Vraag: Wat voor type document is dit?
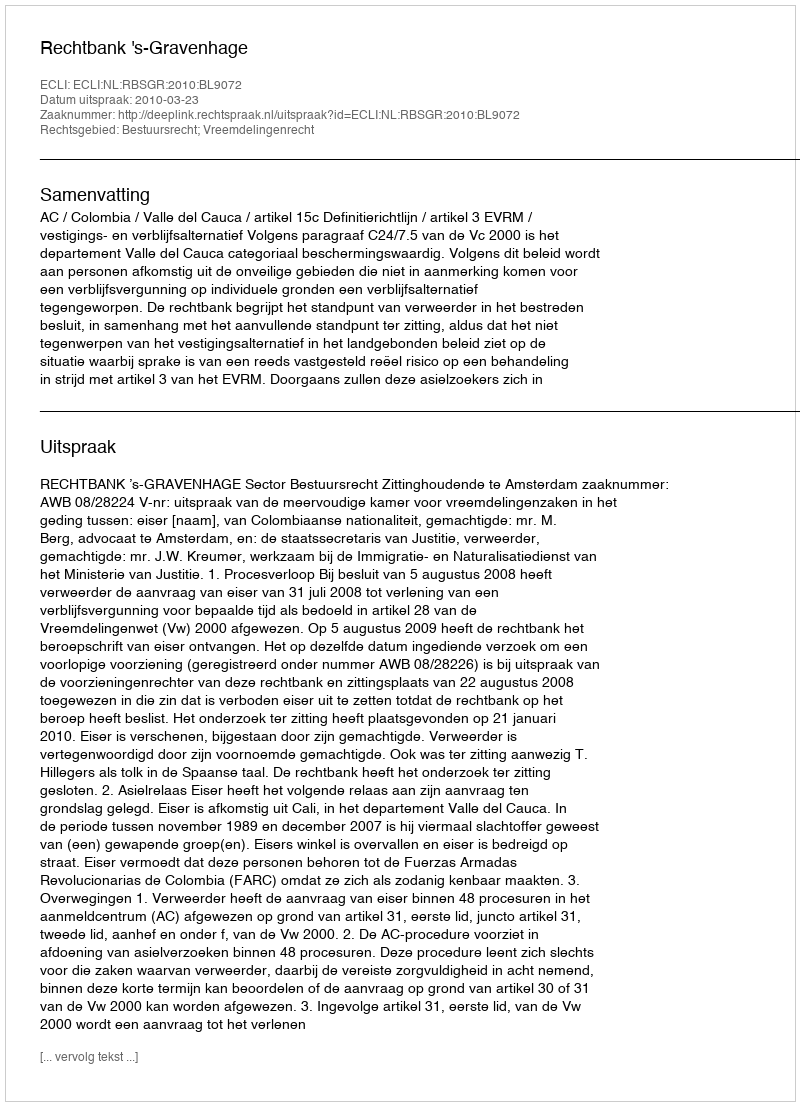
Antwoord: Uitspraak